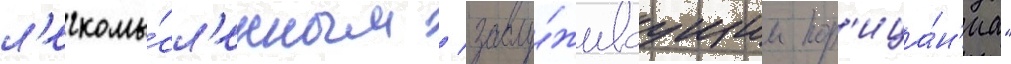
л'егкомы́сл'енным / заслу́живаущим пор'ица́н'иа"